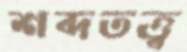
শব্দতত্ত্ব